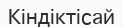
Кіндіктісай